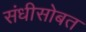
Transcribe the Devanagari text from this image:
संधीसोबत